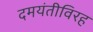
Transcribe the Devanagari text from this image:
दमयंतीविरह